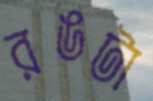
রঙটা